65_HS1-834228961_62-HQ-83894_Section_6
Agency: FBI
Page 222
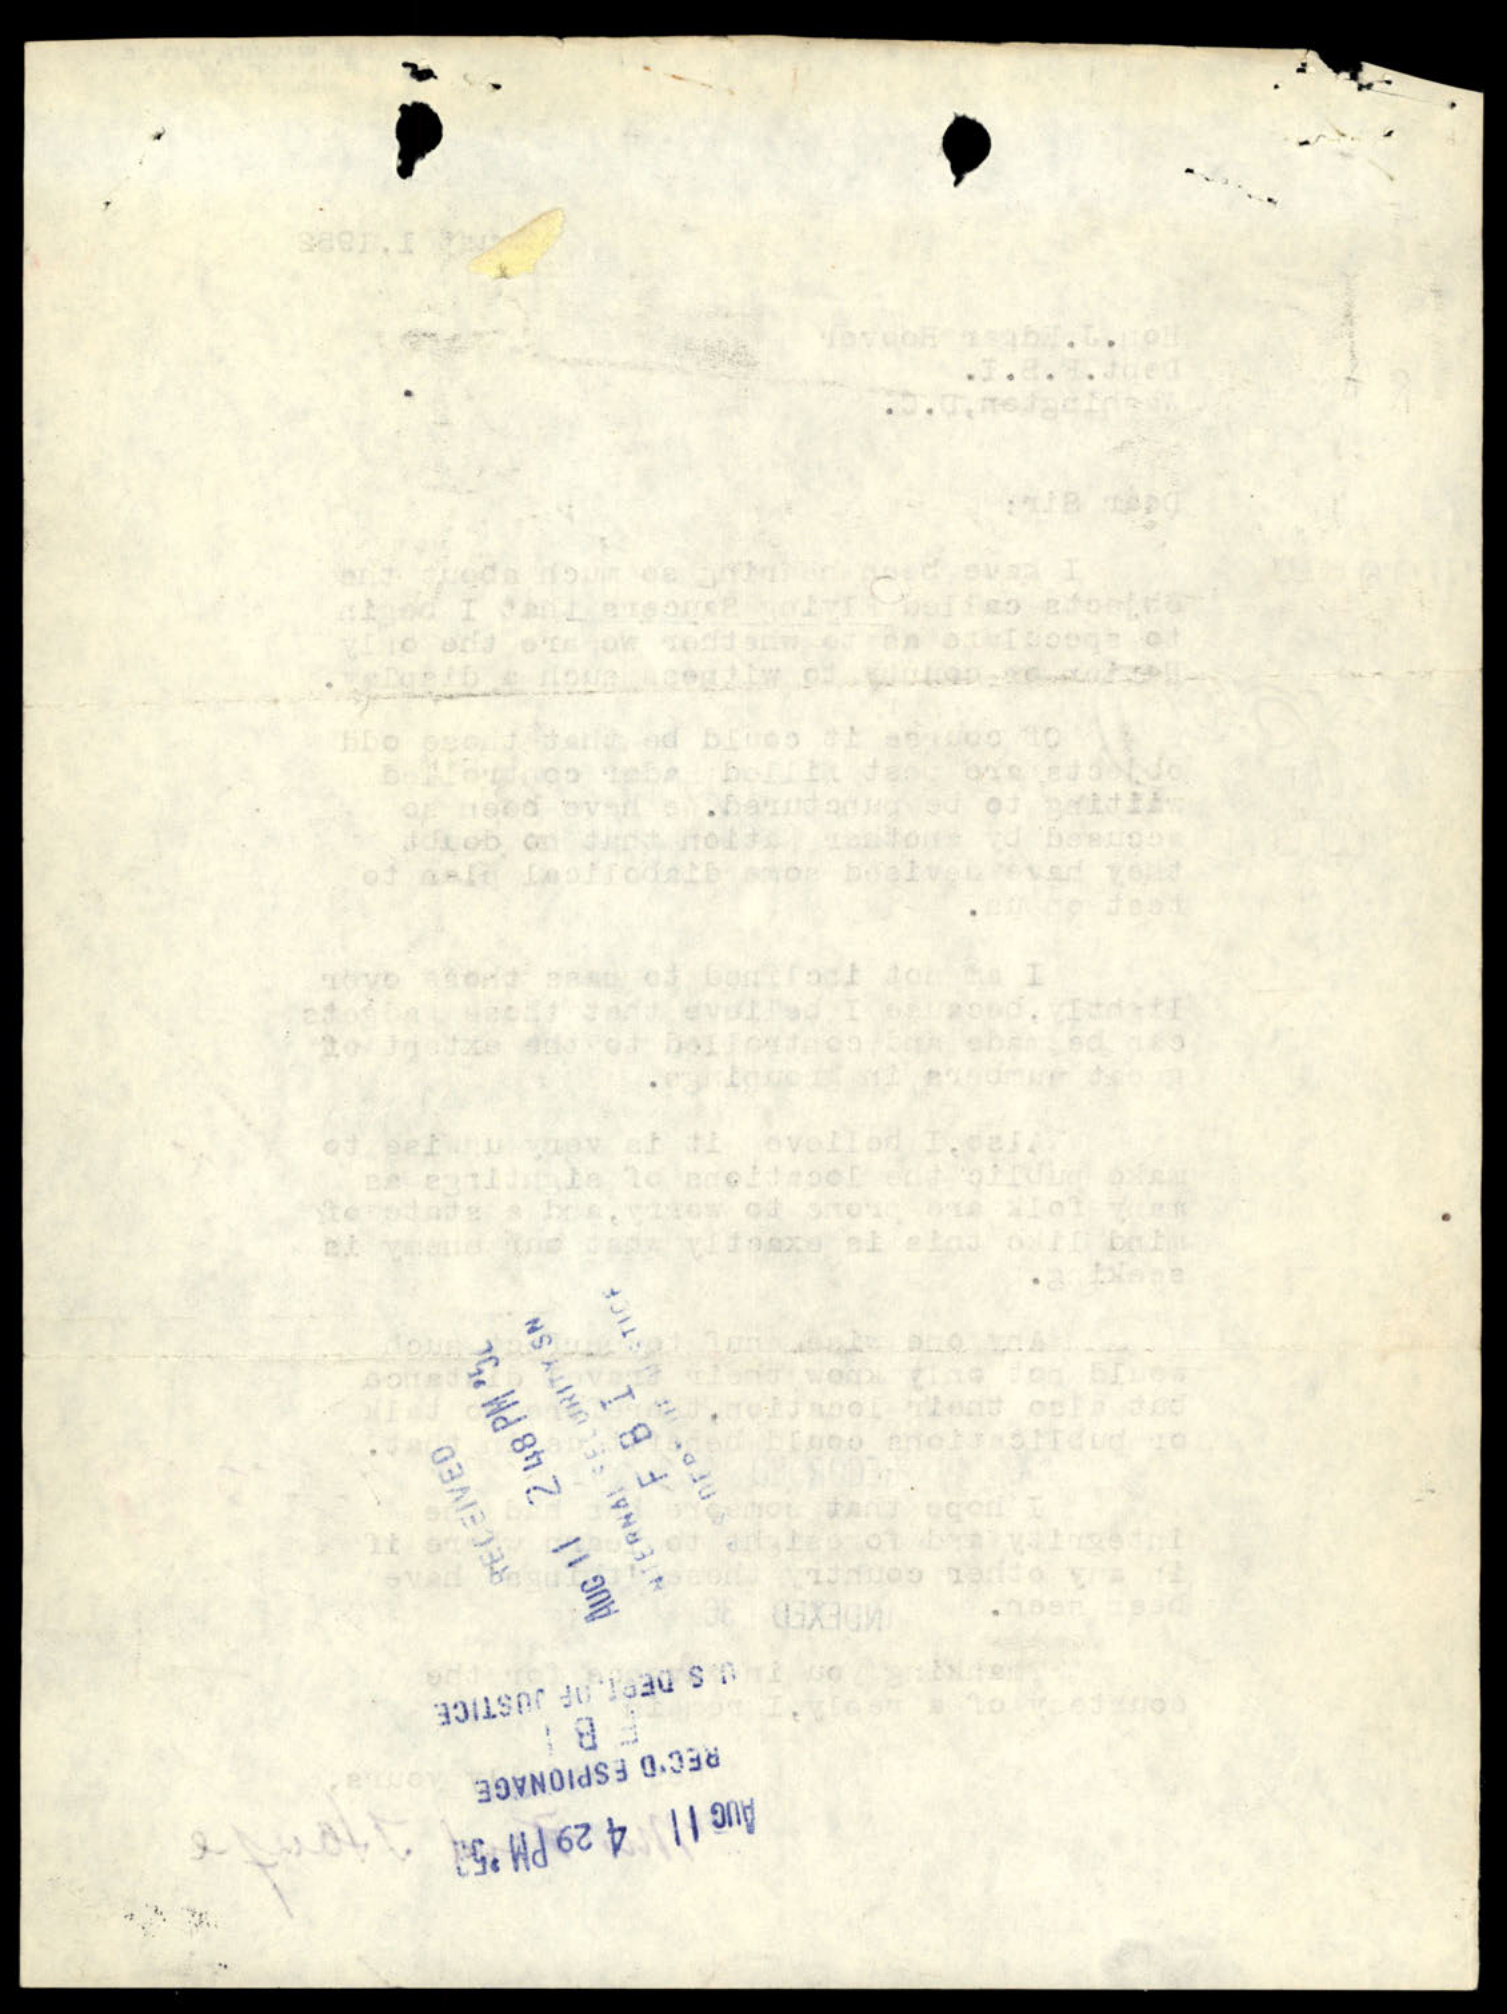